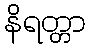
နိရတ္တာ